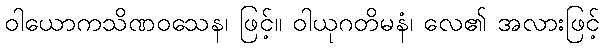
ဝါယောကသိဏဝသေန၊ ဖြင့်။ ဝါယုဂတိမနံ၊ လေ၏ အလားဖြင့်